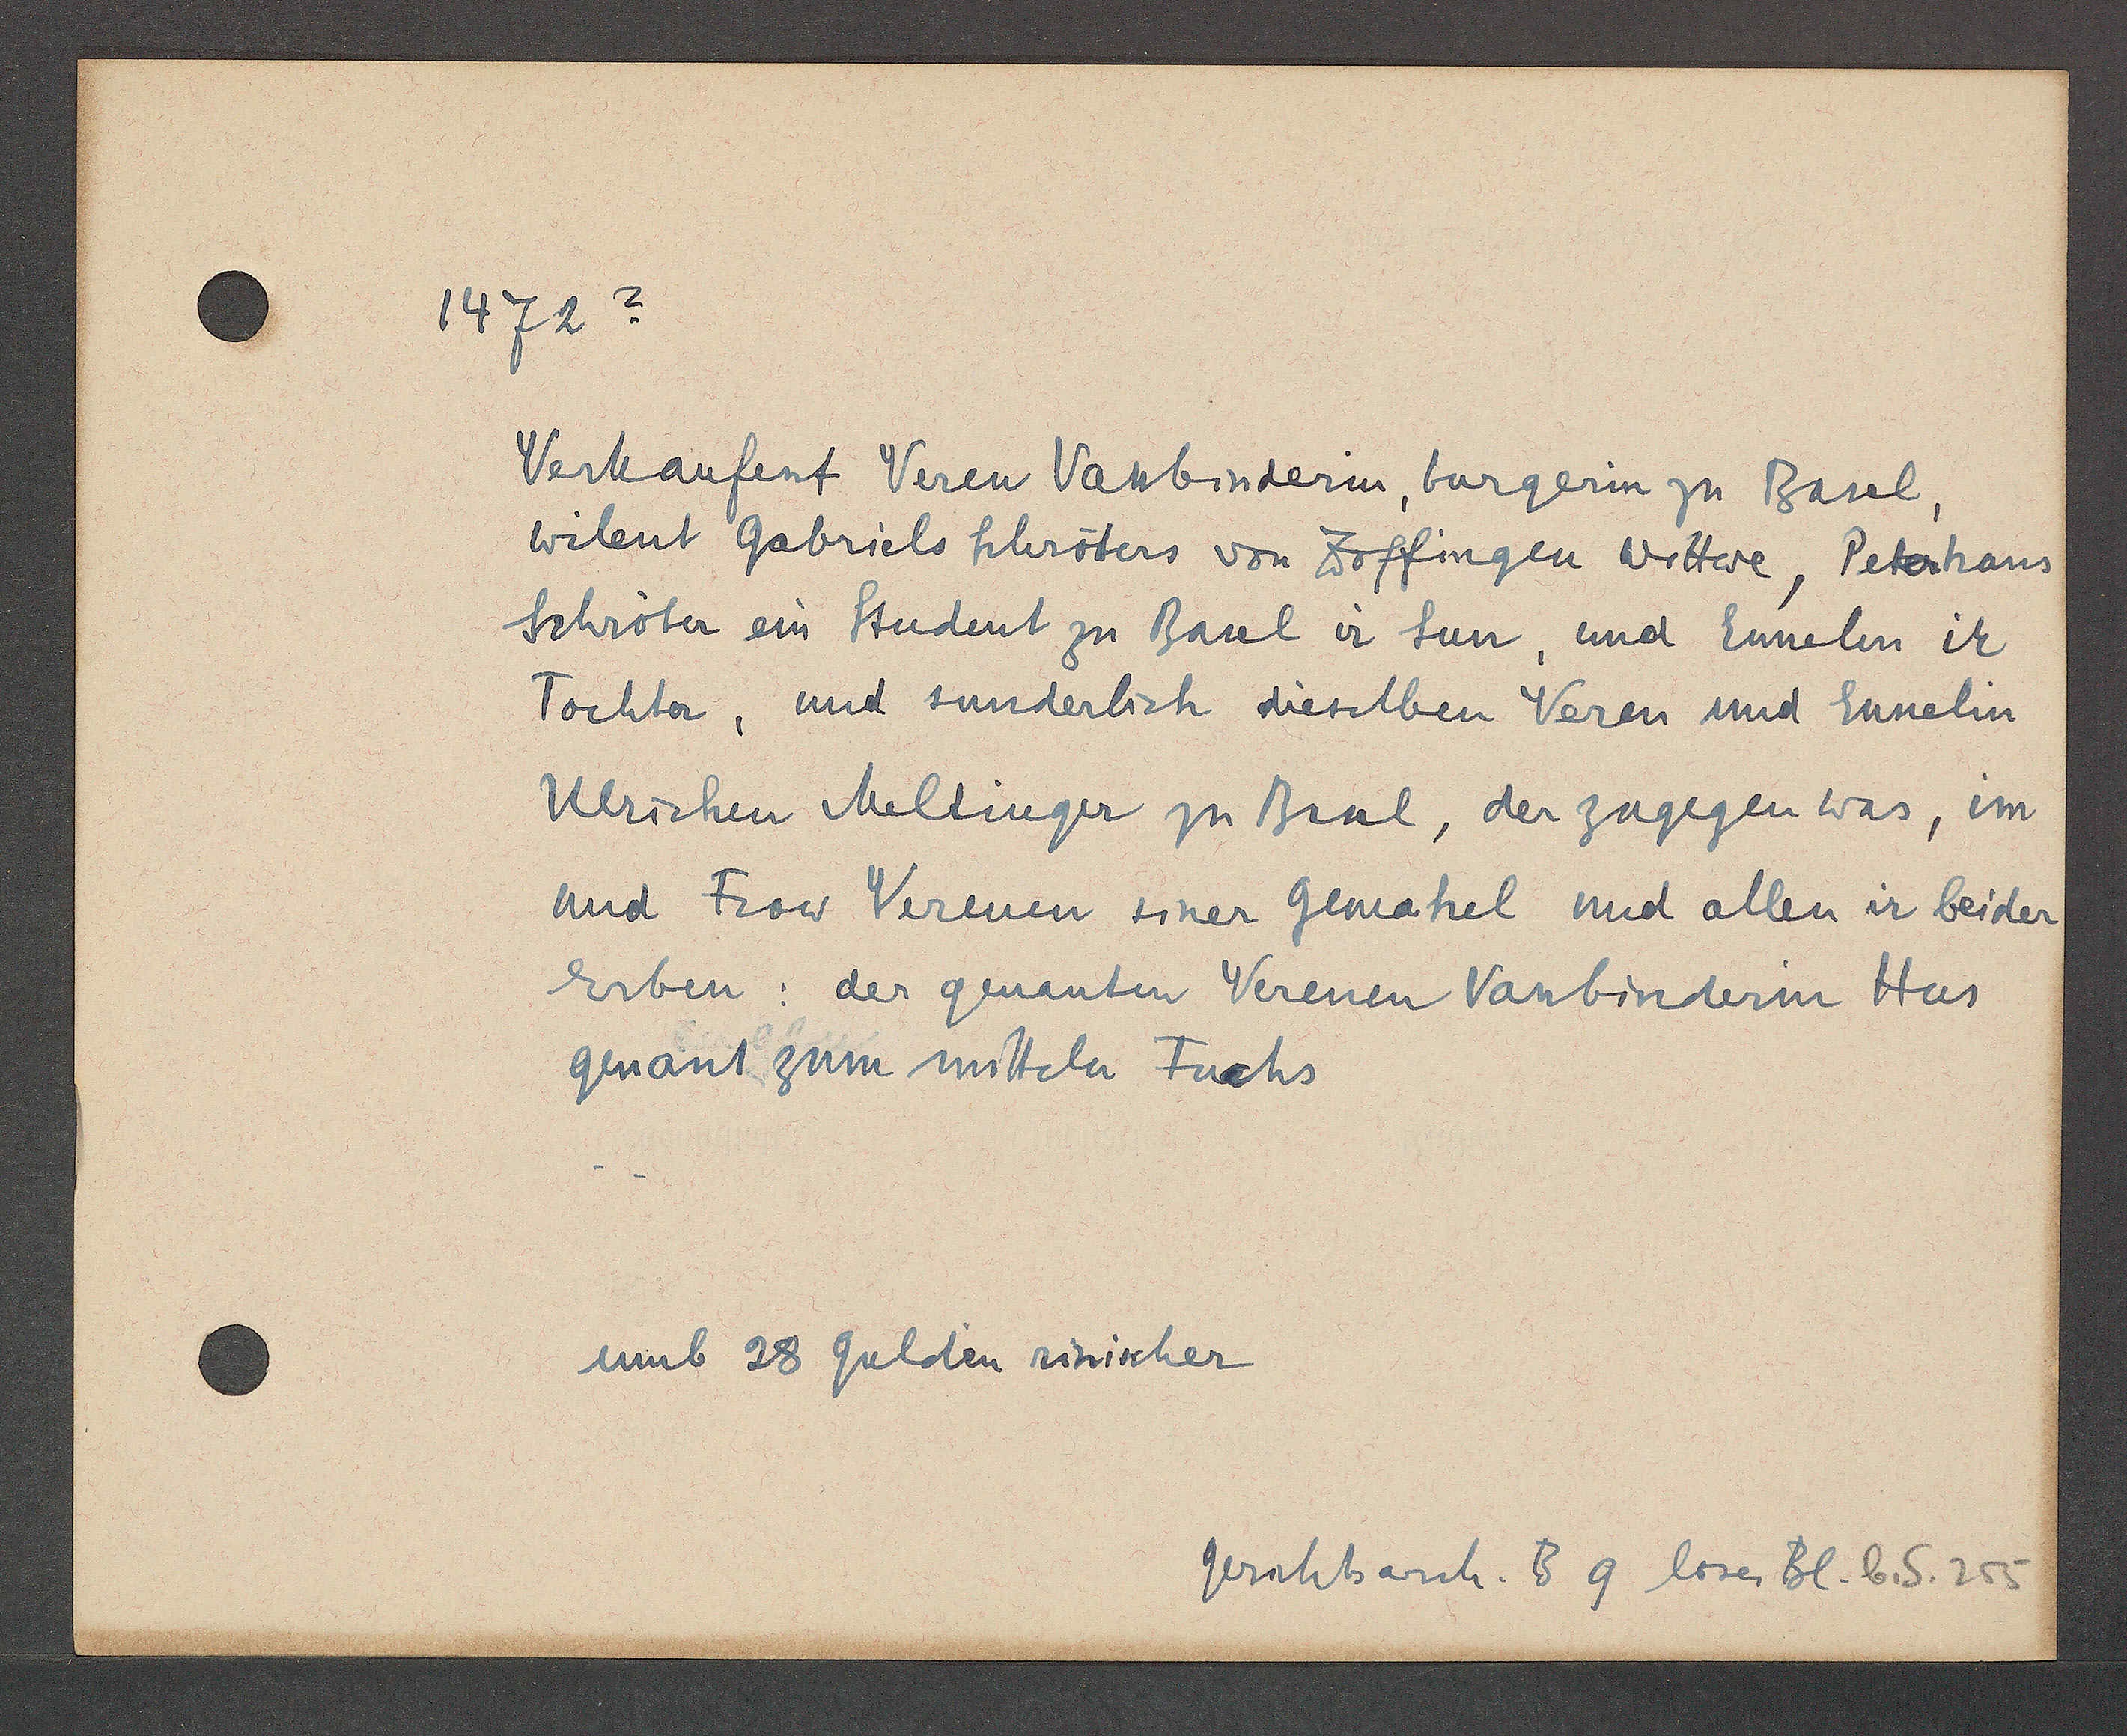
Transcript:
1472?

Verkaufent Veren Vassbinderin, burgerin zu Basel,
wilent Gabriels Schröters von Zoffingen Wittwe, Peterhans
Schröter ein Student zu Basel ir sun, und Ennelin ir
Tochter, und sunderlich dieselben Veren und Ennelin
Ulrichen Meltinger zu Basel, der zugegen was, im
und Frow Verenen siner Gemahel und allen ir beider
Erben: der genanten Verenen Vassbinderin Hus
genant zum mitteln Fuchs

umb 28 gulden rinischer

Gerichtsarch. B9 loser Bl. b. S. 255